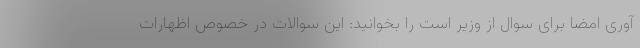
آوری امضا برای سوال از وزیر است را بخوانید: این سوالات در خصوص اظهارات